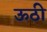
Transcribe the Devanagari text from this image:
ऊठी